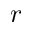
r